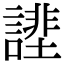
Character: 𧫔